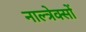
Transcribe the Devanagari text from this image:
नाल्त्रेक्सों